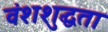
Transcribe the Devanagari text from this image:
वंशशुद्धता